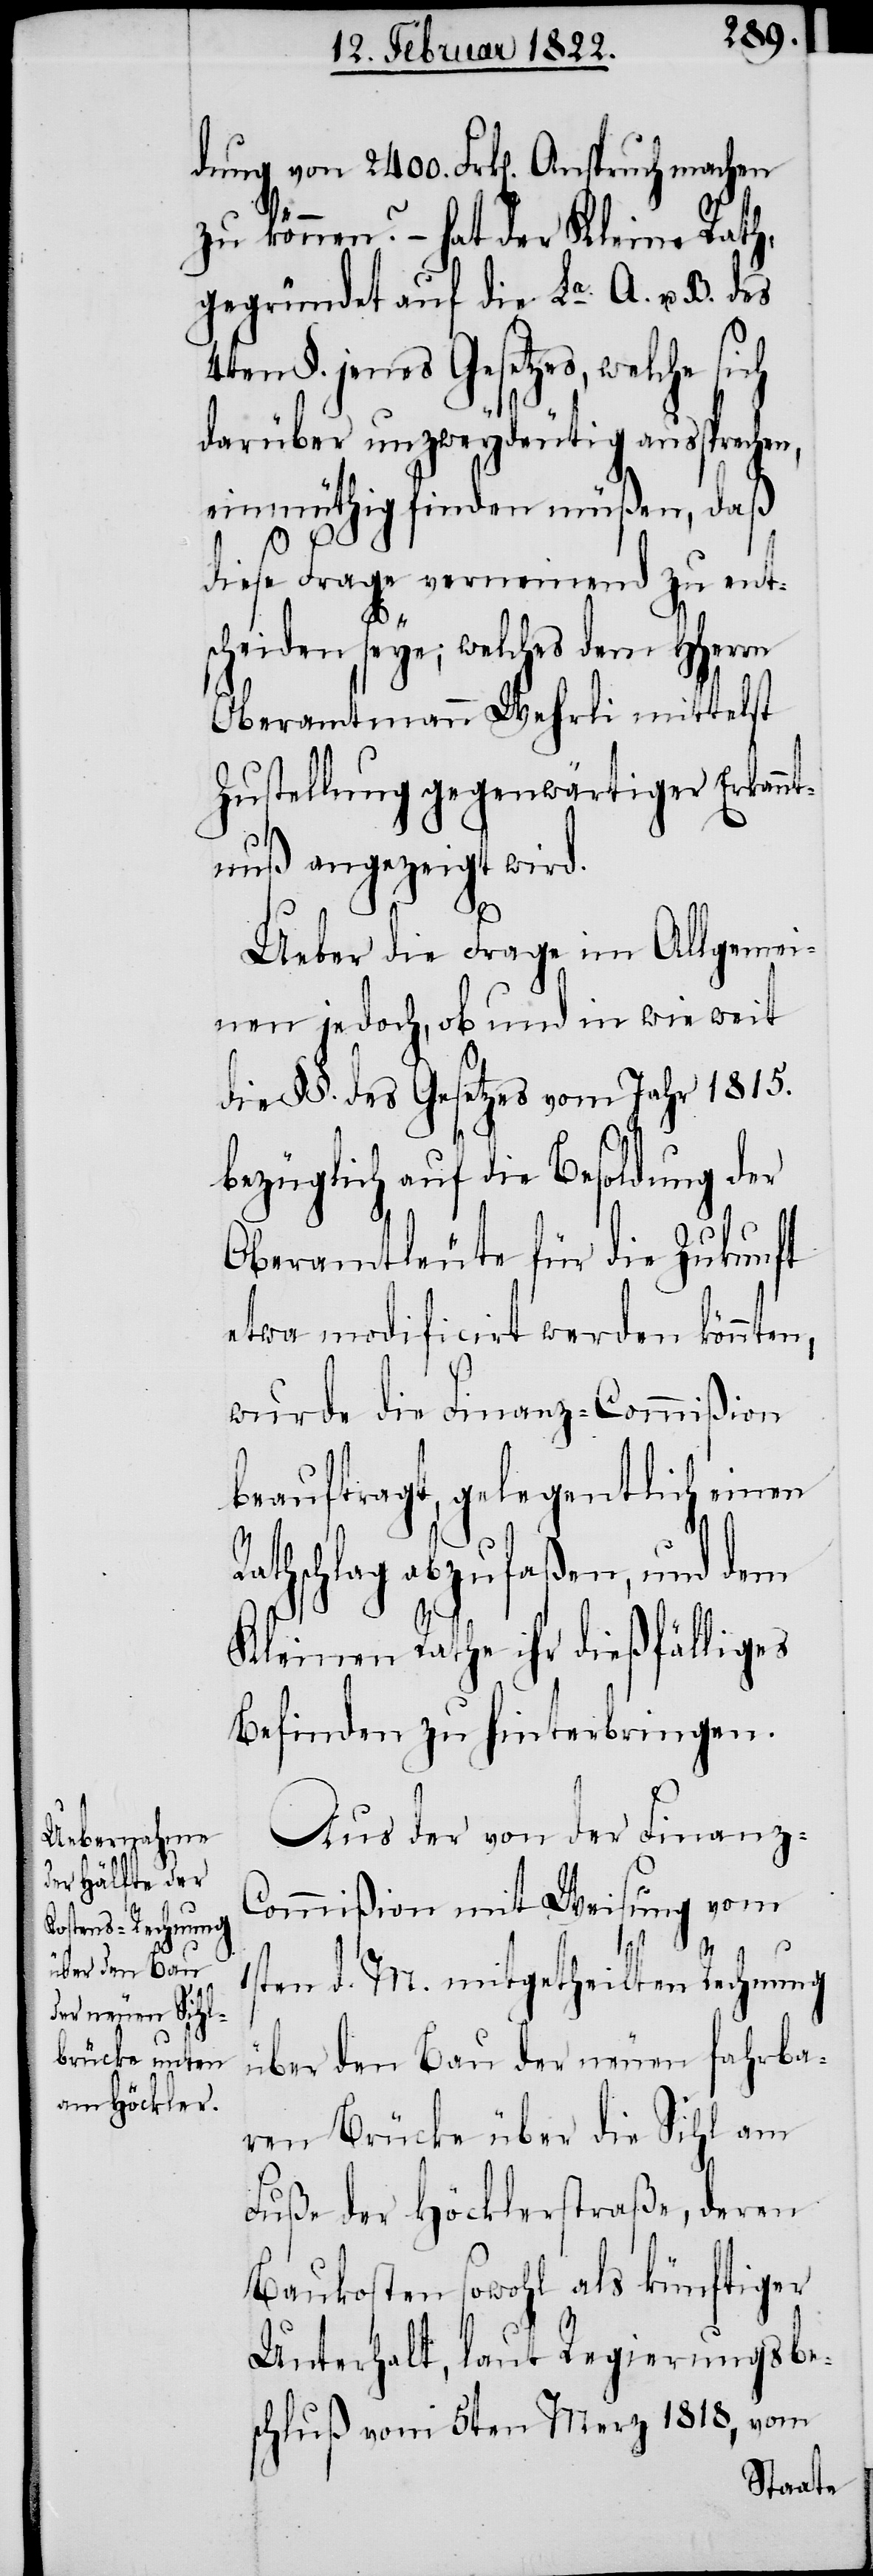
dung von 2400. Frk[en]. Anspruch machen
zu können? – hat der Kleine Rath,
gegründet auf die La. A. u. B. des
4ten §. jenes Gesetzes, welche sich
darüber unzweydeutig ausspreche¬
einmüthig finden müßen, daß
diese Frage verneinend zu ent¬
scheiden seye; welches dem HHerrn
Oberamtmann Wehrli mittelst
Zustellung gegenwärtiger Erkannt¬
nuß angezeigt wird.
R¬
Ueber die Frage im Allgemei¬
nen jedoch, ob und in wie weit
die §§. des Gesetzes vom Jahr 1815.
bezüglich auf die Besoldung der
Oberamtleute für die Zukunft
etwa modificirt werden könnten,
wurde die Finanz-Commißion
beauftragt, gelegentlich einen
athschlag abzufaßen, und dem
Kleinen Rathe ihr dießfälliges
Befinden zu hinterbringen.
Aus der von der Finanz-C¬
ommißion mit Weisung vom
n,
1sten d. M. mitgetheilten Rechnung
über den Bau der neuen fahrba¬
ren Brücke über die Sihl am
Fuße der Höcklerstraße, deren
Baukosten sowohl als künftiger
Unterhalt, laut Regierungsbe¬
schluß vom 5ten Merz 1818, vom